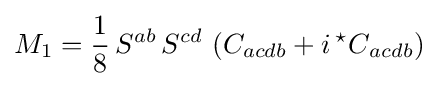
M_{1}={\frac {1}{8}}\,S^{ab}\,S^{cd}\,\left(C_{acdb}+i\,{{}^{\star }C}_{acdb}\right)